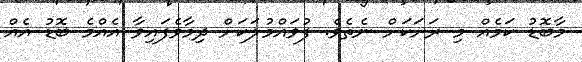
މާބޮޑު ކަމެއް މި ރަށަކަށް ނެތެވެ. ފުވައްމުލަކަށް ދިމާވެފައިވާ އެއްމެ ބޮޑު އެއް